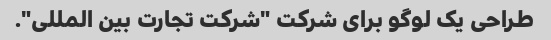
طراحی یک لوگو برای شرکت "شرکت تجارت بین المللی".